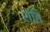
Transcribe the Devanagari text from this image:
शेति